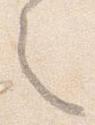
之